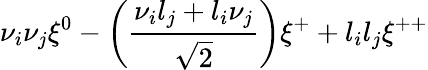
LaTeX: \nu_{i}\nu_{j}\xi^{0}-\left({\frac{\nu_{i}l_{j}+l_{i}\nu_{j}}{\sqrt 2}}\right)\xi^{+}+l_{i}l_{j}\xi^{++}